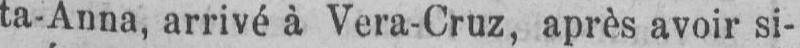
ta-Anna, arrivé à Vera-Cruz, après avoir si-